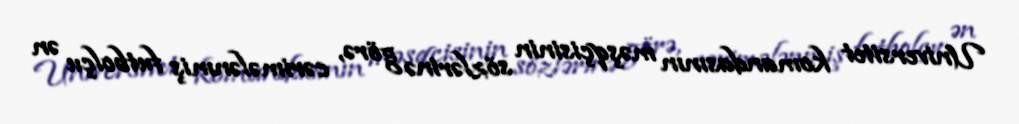
Universitet komandasının məşqçisinin sözlərinə görə, cərimələnmiş futbolçu ən